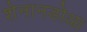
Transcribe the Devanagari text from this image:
शेनानडोआ